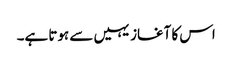
اس کا آغاز یہیں سے ہوتا ہے۔